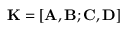
{ \bf { K } } = \left[ { { \bf { A } } , { \bf { B } } ; { \bf { C } } , { \bf { D } } } \right]